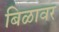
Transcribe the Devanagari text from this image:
बिळावर